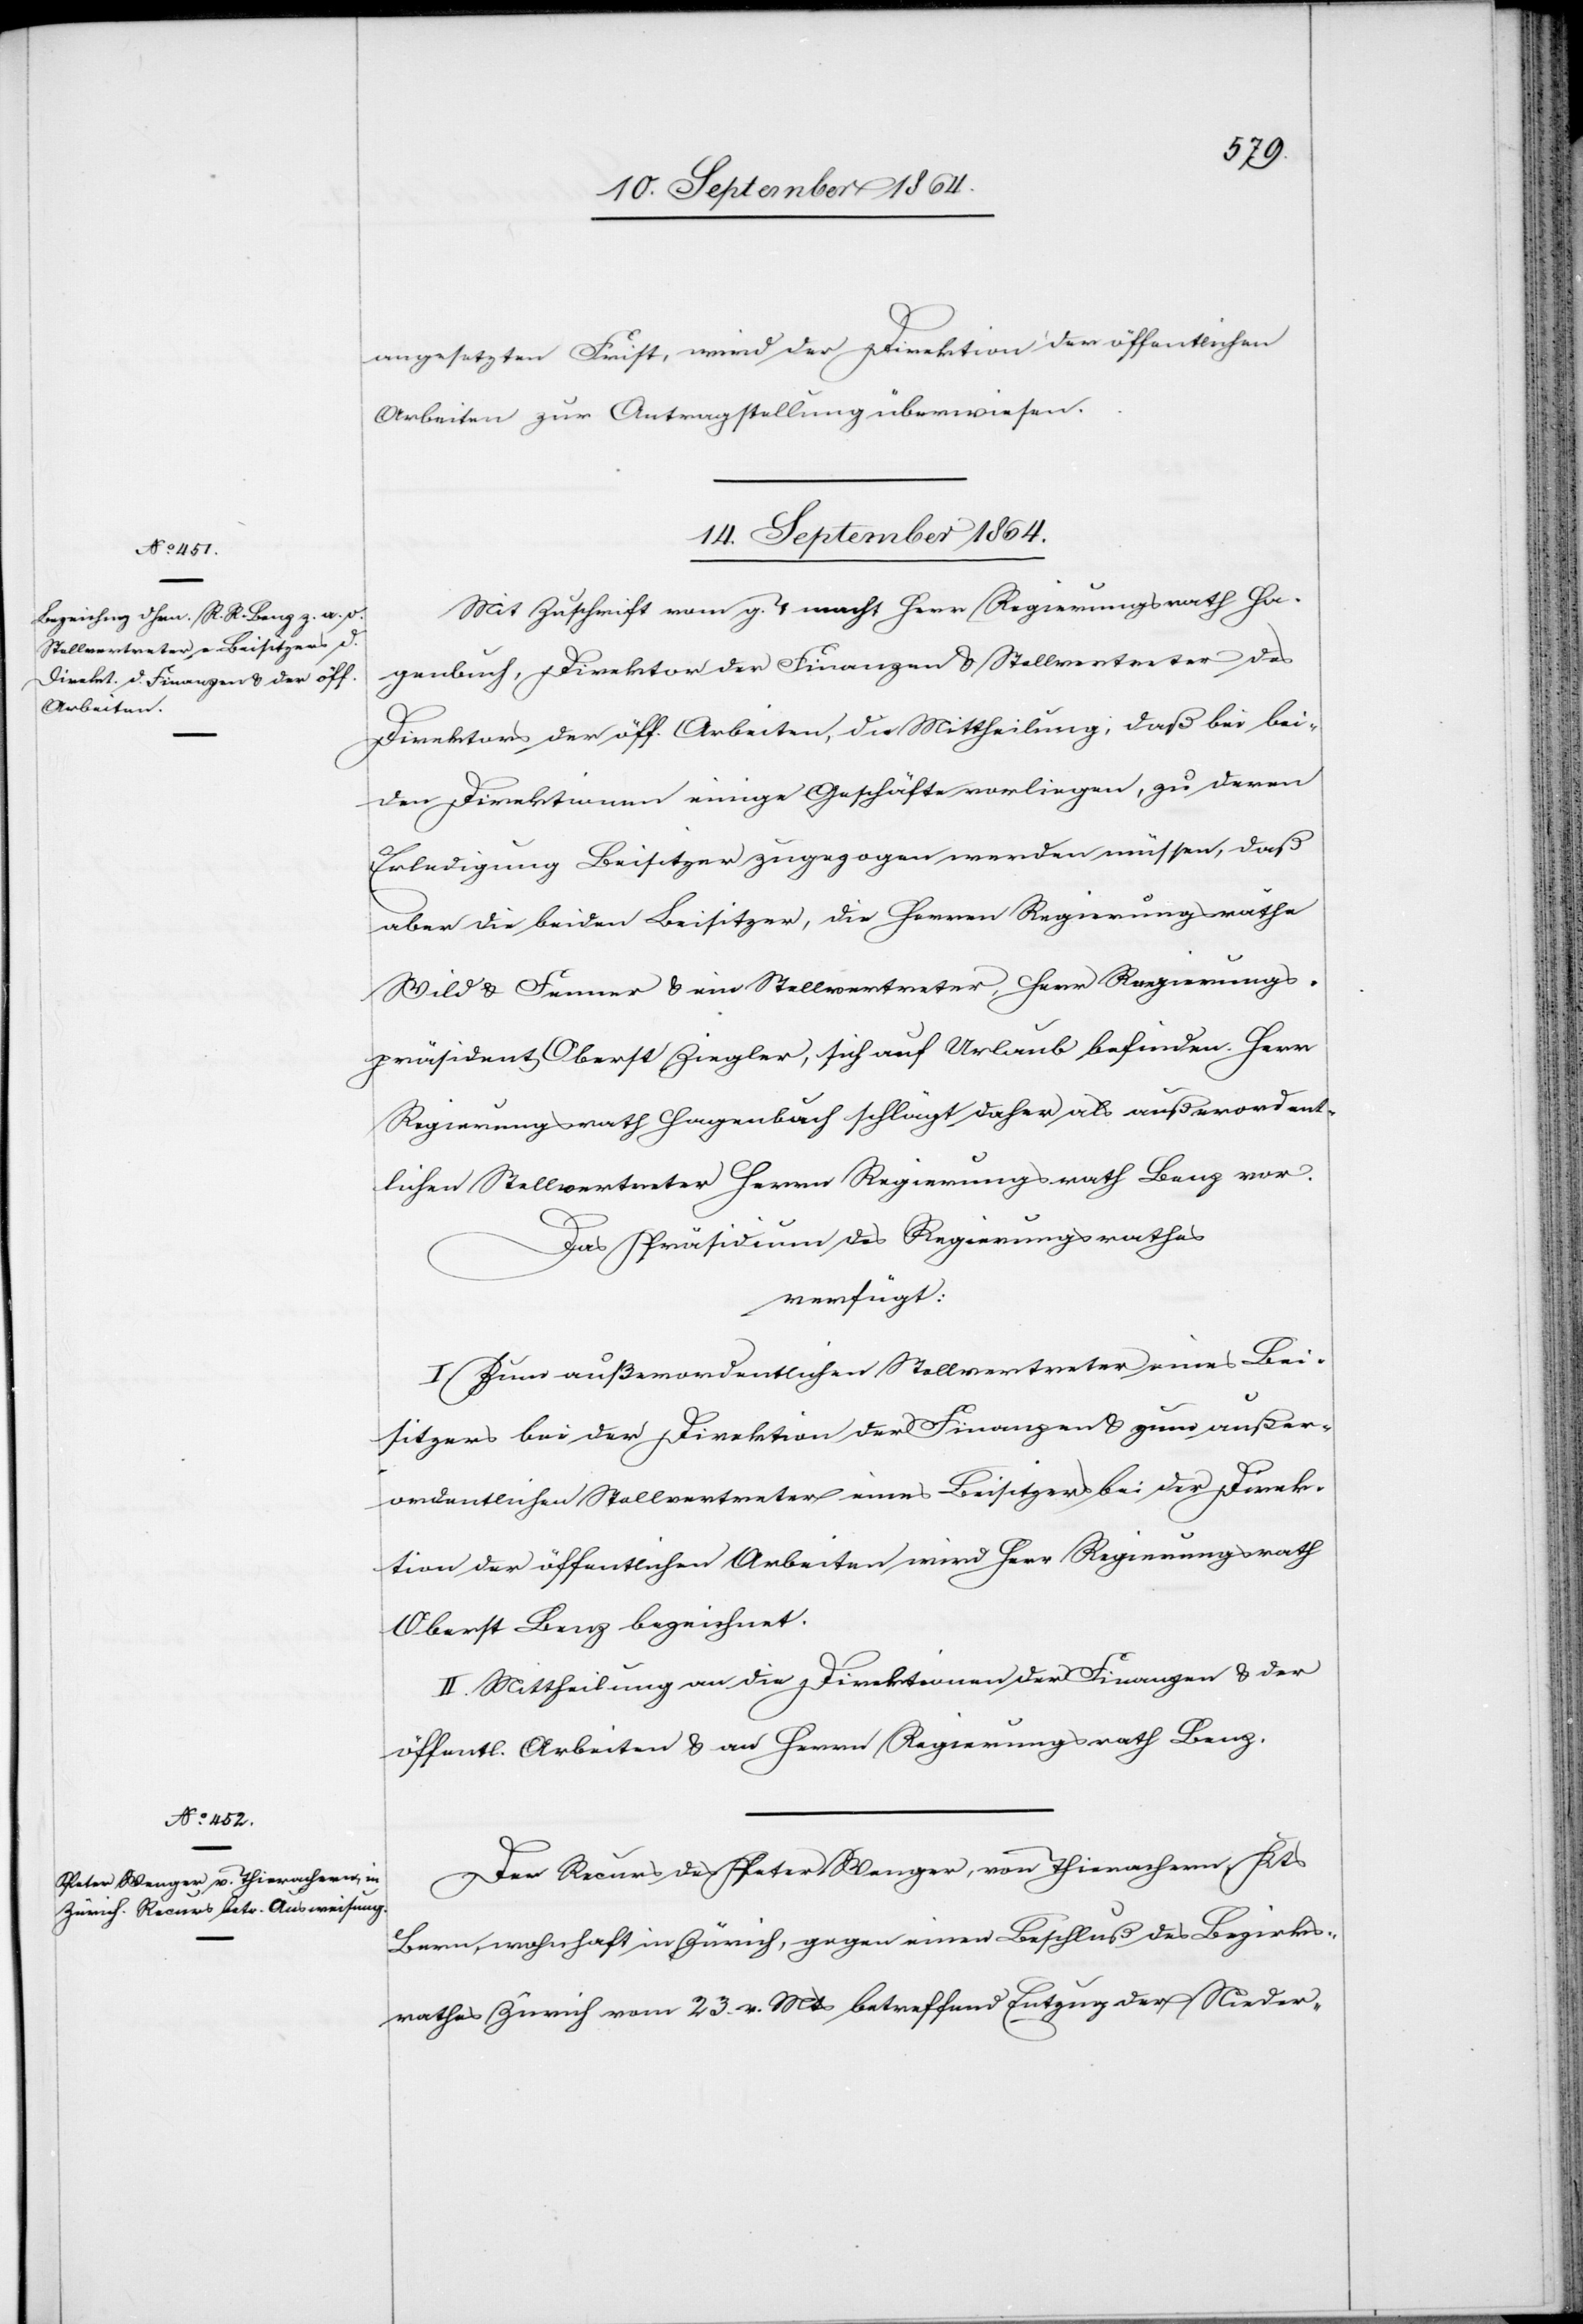
angesetzten Frist, wird der Direktion der öffentlichen
Arbeiten zur Antragstellung überwiesen.
14. September 1864.]
Mit Zuschrift vom g. T. macht Herr Regierungsrath Ha¬
genbuch, Direktor der Finanzen & Stellvertreter des
Direktors der öff. Arbeiten, die Mittheilung, daß bei bei¬
den Direktionen einige Geschäfte vorliegen, zu deren
Erledigung Beisitzer zugezogen werden müssen, daß
aber die beiden Beisitzer, die Herren Regierungsräthe
Wild & Fenner & ein Stellvertreter, Herr Regierungs¬
präsident Oberst Ziegler, sich auf Urlaub befinden. Herr
Regierungsrath Hagenbuch schlägt daher als außerordent¬
lichen Stellvertreter Herrn Regierungsrath Benz vor.
Das Präsidium des Regierungsrathes
verfügt:
I. Zum außerordentlichen Stellvertreter eines Bei¬
sitzers bei der Direktion der Finanzen & zum außer¬
ordentlichen Stellvertreter eines Beisitzers bei der Direk¬
tion der öffentlichen Arbeiten wird Herr Regierungsrath
Oberst Benz bezeichnet.
II. Mittheilung an die Direktionen der Finanzen & der
öffentl. Arbeiten & an Herrn Regierungsrath Benz.
Der Recurs des Peter Wenger, von Thierachern, Kts.
Bern, wohnhaft in Zürich, gegen einen Beschluß des Bezirks¬
rathes Zürich vom 23. v. Mts betreffend Entzug der Nieder-